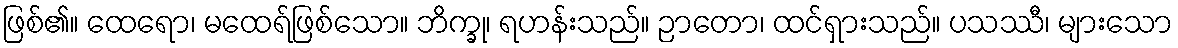
ဖြစ်၏။ ထေရော၊ မထေရ်ဖြစ်သော။ ဘိက္ခု၊ ရဟန်းသည်။ ဉာတော၊ ထင်ရှားသည်။ ပသဿီ၊ များသော